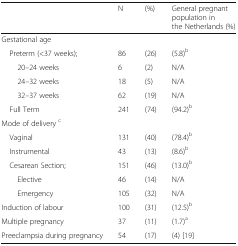
<table><thead><tr><td></td><td><b>N</b></td><td><b>(%)</b></td><td><b>General pregnant population in the Netherlands (%)</b></td></tr></thead><tbody><tr><td colspan="4">Gestational age</td></tr><tr><td> Preterm (&lt;37 weeks);</td><td>86</td><td>(26)</td><td>(5.8)<sup>b</sup></td></tr><tr><td>20–24 weeks</td><td>6</td><td>(2)</td><td>N/A</td></tr><tr><td>24–32 weeks</td><td>18</td><td>(5)</td><td>N/A</td></tr><tr><td>32–37 weeks</td><td>62</td><td>(19)</td><td>N/A</td></tr><tr><td> Full Term</td><td>241</td><td>(74)</td><td>(94.2)<sup>b</sup></td></tr><tr><td colspan="4">Mode of delivery <sup>c</sup></td></tr><tr><td> Vaginal</td><td>131</td><td>(40)</td><td>(78.4)<sup>b</sup></td></tr><tr><td> Instrumental</td><td>43</td><td>(13)</td><td>(8.6)<sup>b</sup></td></tr><tr><td> Cesarean Section;</td><td>151</td><td>(46)</td><td>(13.0)<sup>b</sup></td></tr><tr><td>Elective</td><td>46</td><td>(14)</td><td>N/A</td></tr><tr><td>Emergency</td><td>105</td><td>(32)</td><td>N/A</td></tr><tr><td>Induction of labour</td><td>100</td><td>(31)</td><td>(12.5)<sup>b</sup></td></tr><tr><td>Multiple pregnancy</td><td>37</td><td>(11)</td><td>(1.7)<sup>a</sup></td></tr><tr><td>Preeclampsia during pregnancy</td><td>54</td><td>(17)</td><td>(4) [19]</td></tr></tbody></table>